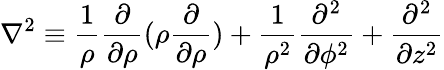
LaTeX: \nabla^{2}\equiv\frac{1}{\rho}\frac{\partial}{\partial\rho}(\rho\frac{\partial}{\partial\rho})+\frac{1}{\rho^{2}}\frac{\partial^{2}}{\partial\phi^{2}}+\frac{\partial^{2}}{\partial z^{2}}